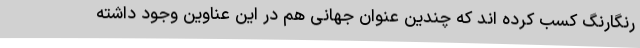
رنگارنگ کسب کرده اند که چندین عنوان جهانی هم در این عناوین وجود داشته